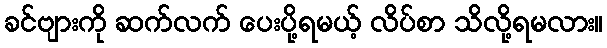
ခင်ဗျားကို ဆက်လက် ပေးပို့ရမယ့် လိပ်စာ သိလို့ရမလား။